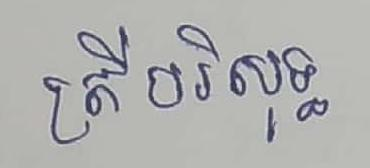
ត្រីបរិសុទ្ធ